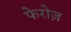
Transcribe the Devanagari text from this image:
फेरोज़